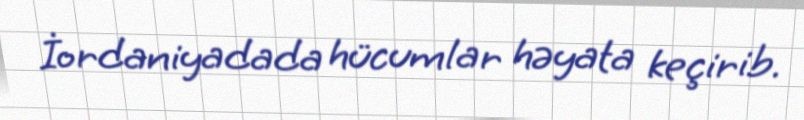
İordaniyadada hücumlar həyata keçirib.